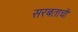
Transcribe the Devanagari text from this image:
सरबताची